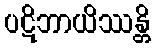
ပဋိဘာယိဿန္တိ